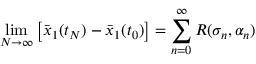
\operatorname* { l i m } _ { N \to \infty } \left[ \bar { x } _ { 1 } ( t _ { N } ) - \bar { x } _ { 1 } ( t _ { 0 } ) \right] = \sum _ { n = 0 } ^ { \infty } R ( \sigma _ { n } , \alpha _ { n } )